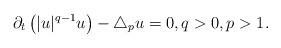
\begin{align*}\partial_t\left(|u|^{q-1}u\right)-\triangle_p u=0,q>0,p>1.\end{align*}